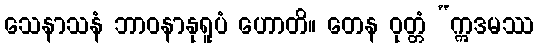
သေနာသနံ ဘာဝနာနုရူပံ ဟောတိ။ တေန ဝုတ္တံ “ဣဒမဿ